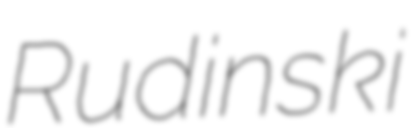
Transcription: Rudinski